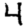
Digit: 4